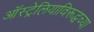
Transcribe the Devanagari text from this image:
ऑस्ट्रेलियाविरूद्धच्या